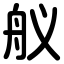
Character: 舣